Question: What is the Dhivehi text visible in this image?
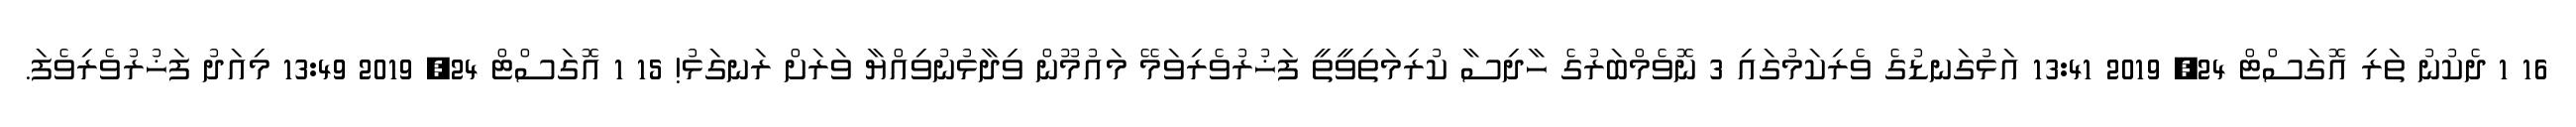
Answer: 16 1 ދެކުނު ތަރި އޮގަސްޓް 24, 2019 13:41 އަޅުގަނޑުގެ ވެރިކަމުގައި 3 ނޮވެމްބަރުގެ ހާދިސާ ކުރިމަތިވީތީ ފަޚުރުވެރިވަމޭ މައުމޫން ވިދާޅުނުވިއްޔާ ވަރަށް ރަނގަޅު! 15 1 އޮގަސްޓް 24, 2019 13:49 މިއަދު ފަޚުރުވެރިވެފަ.